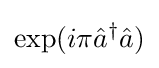
\exp(i\pi {\hat {a}}^{\dagger }{\hat {a}})